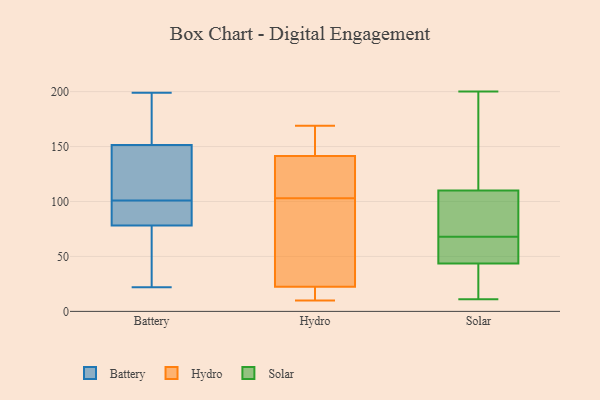
{"axis": {"x": "Churn Rate (%)", "y": "Value"}, "legend": ["Battery", "Hydro", "Solar"], "data": [{"x": "", "y": 86, "type": "Battery"}, {"x": "", "y": 199, "type": "Battery"}, {"x": "", "y": 95, "type": "Battery"}, {"x": "", "y": 67, "type": "Battery"}, {"x": "", "y": 51, "type": "Battery"}, {"x": "", "y": 135, "type": "Battery"}, {"x": "", "y": 196, "type": "Battery"}, {"x": "", "y": 153, "type": "Battery"}, {"x": "", "y": 77, "type": "Battery"}, {"x": "", "y": 147, "type": "Battery"}, {"x": "", "y": 82, "type": "Battery"}, {"x": "", "y": 175, "type": "Battery"}, {"x": "", "y": 186, "type": "Battery"}, {"x": "", "y": 109, "type": "Battery"}, {"x": "", "y": 22, "type": "Battery"}, {"x": "", "y": 29, "type": "Battery"}, {"x": "", "y": 144, "type": "Battery"}, {"x": "", "y": 84, "type": "Battery"}, {"x": "", "y": 101, "type": "Battery"}, {"x": "", "y": 142, "type": "Hydro"}, {"x": "", "y": 169, "type": "Hydro"}, {"x": "", "y": 93, "type": "Hydro"}, {"x": "", "y": 15, "type": "Hydro"}, {"x": "", "y": 169, "type": "Hydro"}, {"x": "", "y": 110, "type": "Hydro"}, {"x": "", "y": 96, "type": "Hydro"}, {"x": "", "y": 118, "type": "Hydro"}, {"x": "", "y": 141, "type": "Hydro"}, {"x": "", "y": 23, "type": "Hydro"}, {"x": "", "y": 10, "type": "Hydro"}, {"x": "", "y": 22, "type": "Hydro"}, {"x": "", "y": 110, "type": "Solar"}, {"x": "", "y": 122, "type": "Solar"}, {"x": "", "y": 11, "type": "Solar"}, {"x": "", "y": 47, "type": "Solar"}, {"x": "", "y": 66, "type": "Solar"}, {"x": "", "y": 110, "type": "Solar"}, {"x": "", "y": 68, "type": "Solar"}, {"x": "", "y": 17, "type": "Solar"}, {"x": "", "y": 73, "type": "Solar"}, {"x": "", "y": 57, "type": "Solar"}, {"x": "", "y": 187, "type": "Solar"}, {"x": "", "y": 76, "type": "Solar"}, {"x": "", "y": 13, "type": "Solar"}, {"x": "", "y": 106, "type": "Solar"}, {"x": "", "y": 200, "type": "Solar"}, {"x": "", "y": 33, "type": "Solar"}, {"x": "", "y": 49, "type": "Solar"}]}